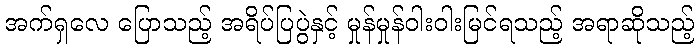
အက်ရှလေ ပြောသည့် အရိပ်ပြပွဲနှင့် မှုန်မှုန်ဝါးဝါးမြင်ရသည့် အရာဆိုသည့်